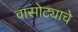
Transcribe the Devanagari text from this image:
वासोट्याचे